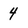
Character: 4